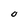
Character: O